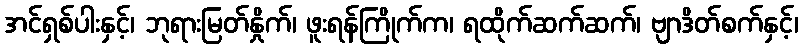
အင်ရှစ်ပါးနှင့်၊ ဘုရားမြတ်နှိုက်၊ ဖူးရန်ကြိုက်က၊ ရထိုက်ဆက်ဆက်၊ ဗျာဒိတ်စက်နှင့်၊